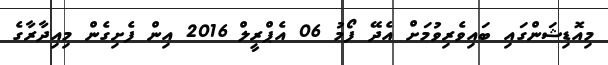
މިއޮޑިޝަންގައި ބައިވެރިވުމަށް އެދޭ ފޯމު 06 އެޕްރީލް 2016 އިން ފެށިގެން މިއިދާރާގެ